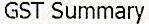
GST SUMMARY